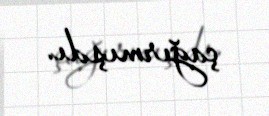
çağırmışdı.